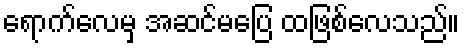
ရောက်လေမှ အဆင်မပြေ ထဖြစ်လေသည်။